Indian journal of veterinary science and animal husbandry - Volume 3,
Year: 1933
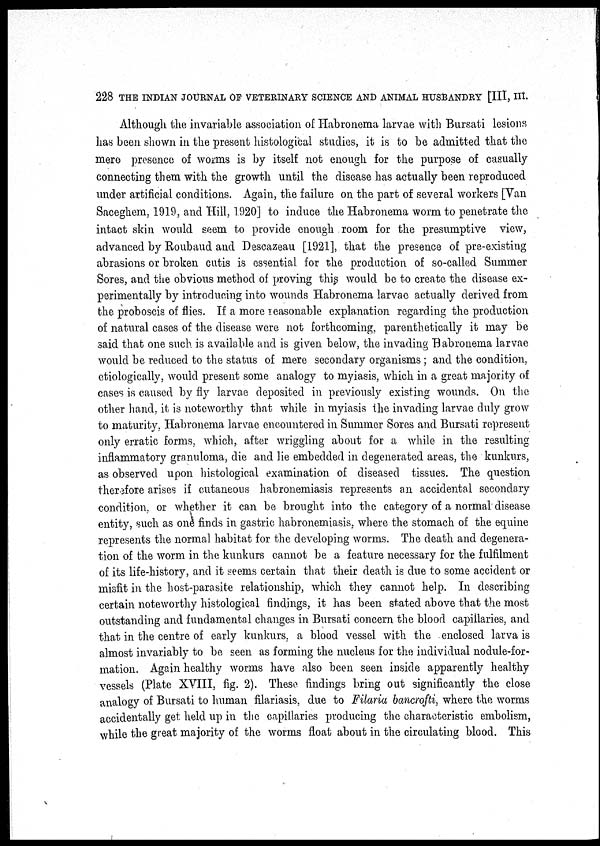
228 THE INDIAN JOURNAL OF VETERINARY SCIENCE AND ANIMAL HUSBANDRY [III, III.
Although the invariable association of Habronema larvae with Bursati lesions
has been shown in the present histological studies, it is to be admitted that the
mere presence of worms is by itself not enough for the purpose of casually
connecting them with the growth until the disease has actually been reproduced
under artificial conditions. Again, the failure on the part of several workers [Van
Saceghem, 1919, and Hill, 1920] to induce the Habronema worm to penetrate the
intact skin would seem to provide enough room for the presumptive view,
advanced by Roubaud and Descazeau [1921], that the presence of pre-existing
abrasions or broken cutis is essential for the production of so-called Summer
Sores, and the obvious method of proving this would be to create the disease ex-
perimentally by introducing into wounds Habronema larvae actually derived from
the proboscis of flies. If a more reasonable explanation regarding the production
of natural cases of the disease were not forthcoming, parenthetically it may be
said that one such is available and is given below, the invading Habronema larvae
would be reduced to the status of mere secondary organisms ; and the condition,
etiologically, would present some analogy to myiasis, which in a great majority of
cases is caused by fly larvae deposited in previously existing wounds. On the
other hand, it is noteworthy that while in myiasis the invading larvae duly grow
to maturity, Habronema larvae encountered in Summer Sores and Bursati represent
only erratic forms, which, after wriggling about for a while in the resulting
inflammatory granuloma, die and lie embedded in degenerated areas, the kunkurs,
as observed upon histological examination of diseased tissues. The question
therefore arises if cutaneous habronemiasis represents an accidental secondary
condition, or whether it can be brought into the category of a normal disease
entity, such as one finds in gastric habronemiasis, where the stomach of the equine
represents the normal habitat for the developing worms. The death and degenera-
tion of the worm in the kunkurs cannot be a feature necessary for the fulfilment
of its life-history, and it seems certain that their death is due to some accident or
misfit in the host-parasite relationship, which they cannot help. In describing
certain noteworthy histological findings, it has been stated above that the most
outstanding and fundamental changes in Bursati concern the blood capillaries, and
that in the centre of early kunkurs, a blood vessel with the enclosed larva is
almost invariably to be seen as forming the nucleus for the individual nodule-for-
mation. Again healthy worms have also been seen inside apparently healthy
vessels (Plate XVIII, fig. 2). These findings bring out significantly the close
analogy of Bursati to human filariasis, due to Filaria bancrofti, where the worms
accidentally get held up in the capillaries producing the characteristic embolism,
while the great majority of the worms float about in the circulating blood. This